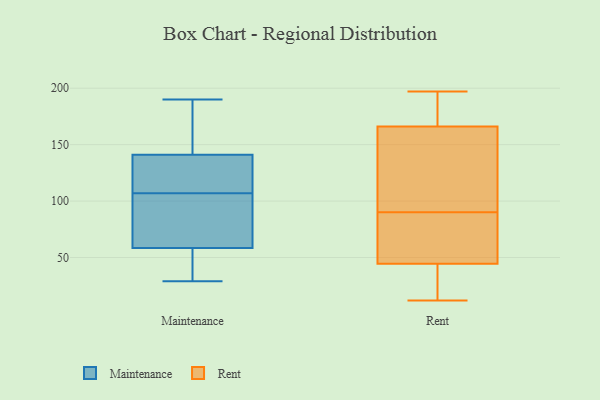
{"axis": {"x": "Gross Profit (USD K)", "y": "Value"}, "legend": ["Maintenance", "Rent"], "data": [{"x": "", "y": 107, "type": "Maintenance"}, {"x": "", "y": 41, "type": "Maintenance"}, {"x": "", "y": 141, "type": "Maintenance"}, {"x": "", "y": 75, "type": "Maintenance"}, {"x": "", "y": 190, "type": "Maintenance"}, {"x": "", "y": 112, "type": "Maintenance"}, {"x": "", "y": 36, "type": "Maintenance"}, {"x": "", "y": 53, "type": "Maintenance"}, {"x": "", "y": 134, "type": "Maintenance"}, {"x": "", "y": 141, "type": "Maintenance"}, {"x": "", "y": 92, "type": "Maintenance"}, {"x": "", "y": 169, "type": "Maintenance"}, {"x": "", "y": 172, "type": "Maintenance"}, {"x": "", "y": 101, "type": "Maintenance"}, {"x": "", "y": 29, "type": "Maintenance"}, {"x": "", "y": 197, "type": "Rent"}, {"x": "", "y": 43, "type": "Rent"}, {"x": "", "y": 175, "type": "Rent"}, {"x": "", "y": 196, "type": "Rent"}, {"x": "", "y": 112, "type": "Rent"}, {"x": "", "y": 12, "type": "Rent"}, {"x": "", "y": 139, "type": "Rent"}, {"x": "", "y": 57, "type": "Rent"}, {"x": "", "y": 49, "type": "Rent"}, {"x": "", "y": 90, "type": "Rent"}, {"x": "", "y": 36, "type": "Rent"}]}